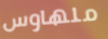
ملهاوس